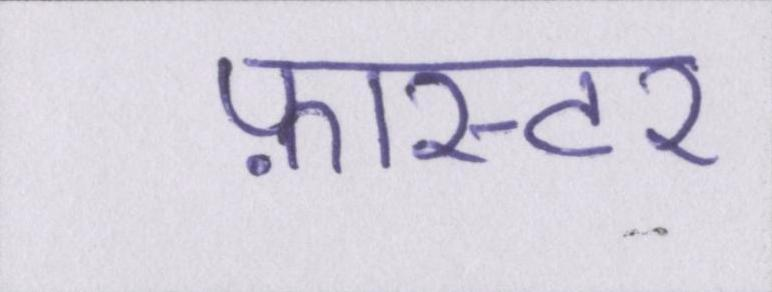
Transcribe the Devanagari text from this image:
फ़ास्टर